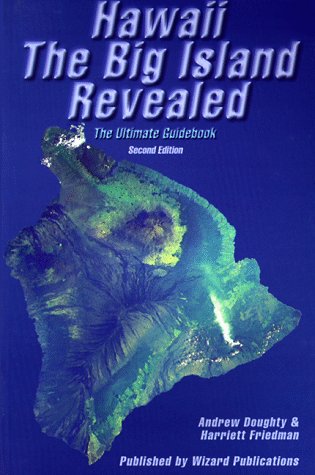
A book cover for Hawaii The Big Island Revealed; The Ultimate Guidebook; Andrew Doughty; Travel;